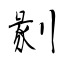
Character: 剶